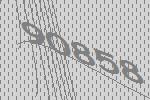
90858